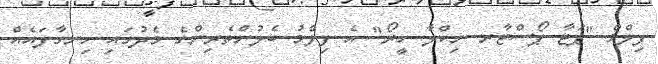
ފިލްމް "ޕަޓާ ޕޯސްޓާރ ނިކްލާ ހީރޯ" އެ ފިލްމު ބެލުންތެރިންގެ މެދުގައި ހިނގާފައެއް